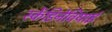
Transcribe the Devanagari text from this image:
स्केंडिनेवियाई